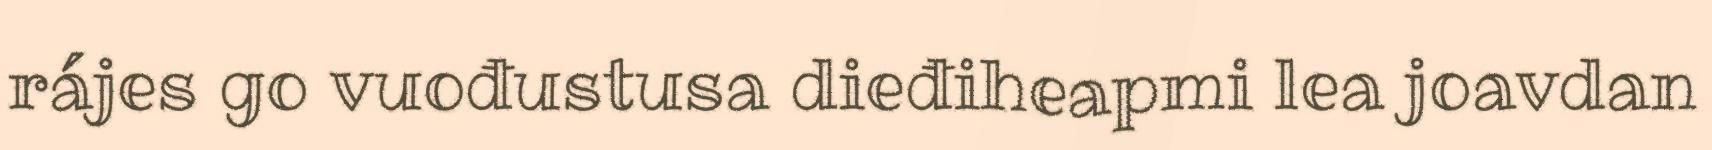
rájes go vuođustusa dieđiheapmi lea joavdan